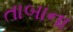
તાબાના